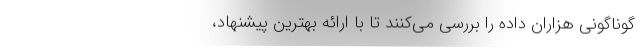
گوناگونی هزاران داده را بررسی می‌کنند تا با ارائه بهترین پیشنهاد،